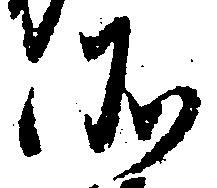
そ